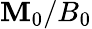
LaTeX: \mathbf{M}_{0}/B_{0}